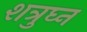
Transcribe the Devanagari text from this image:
शत्रुघ्‍न